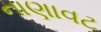
નાણાવટ